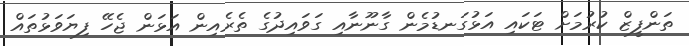
ތަންފީޒް ކުރުމަށް ޓަކައި އަޅުގަނޑުމެން ގާނޫނާއި ގަވައިދުގެ ތެރެއިން އަޅަން ޖެހޭ ފިޔަވަޅުތައް